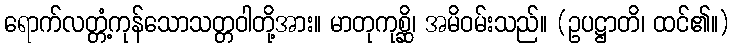
ရောက်လတ္တံ့ကုန်သောသတ္တဝါတို့အား။ မာတုကုစ္ဆိ၊ အမိဝမ်းသည်။ (ဥပဋ္ဌာတိ၊ ထင်၏။)